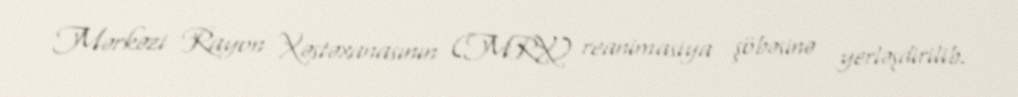
Mərkəzi Rayon Xəstəxanasının (MRX) reanimasiya şöbəsinə yerləşdirilib.